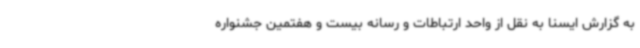
به گزارش ایسنا به نقل از واحد ارتباطات و رسانه بیست و هفتمین جشنواره